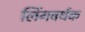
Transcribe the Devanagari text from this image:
लिंगवर्धक